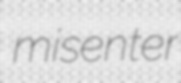
misenter